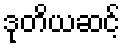
ဒုတိယဆင့်